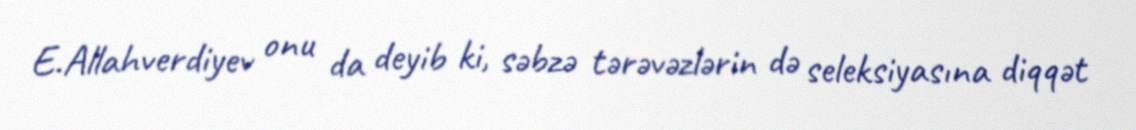
E.Allahverdiyev onu da deyib ki, səbzə tərəvəzlərin də seleksiyasına diqqət